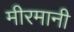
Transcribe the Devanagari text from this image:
मीरमानी